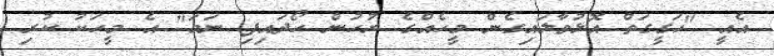
އެއީ "ހަގީގަތް އޮޅުވާލައިގެން މީހެއްގެ ރުހުން ހޯދައިފި ނަމަ" އެ މީހަކު ކުރި